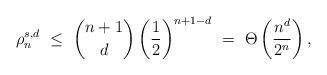
LaTeX: \begin{align*}\rho_n^{s,d}\ \le\ {n+1 \choose d}\left(\frac{1}{2}\right)^{n+1-d} \ =\ \Theta\left(\frac{n^d}{2^n}\right),\end{align*}